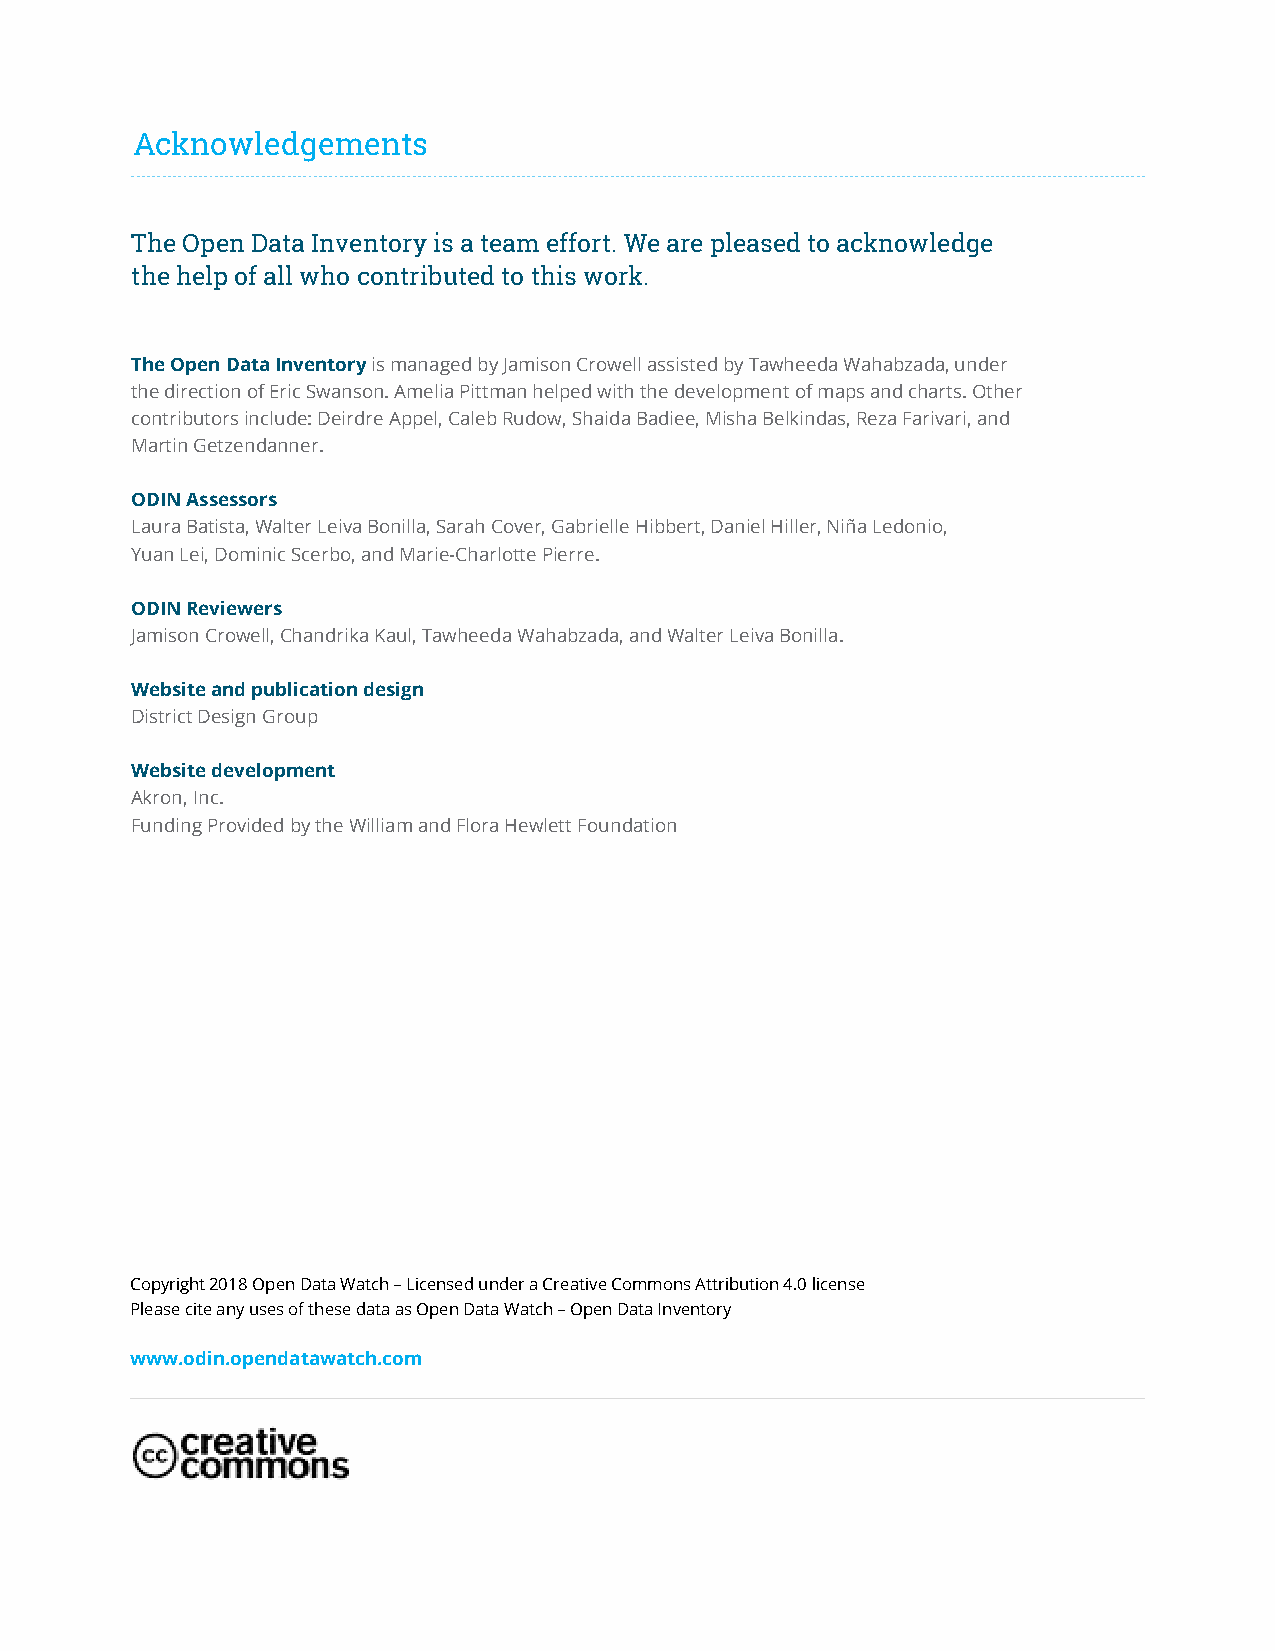
Acknowledgements
 The Open Data Inventory is a team effort. We are pleased to acknowledge
 the help of all who contributed to this work.
 The Open Data Inventory is managed by Jamison Crowell assisted by Tawheeda Wahabzada, under
 the direction of Eric Swanson. Amelia Pittman helped with the development of maps and charts. Other
 contributors include: Deirdre Appel, Caleb Rudow, Shaida Badiee, Misha Belkindas, Reza Farivari, and
 Martin Getzendanner.
 ODIN Assessors
 Laura Batista, Walter Leiva Bonilla, Sarah Cover, Gabrielle Hibbert, Daniel Hiller, Niña Ledonio,
 Yuan Lei, Dominic Scerbo, and Marie-Charlotte Pierre.
 ODIN Reviewers
 Jamison Crowell, Chandrika Kaul, Tawheeda Wahabzada, and Walter Leiva Bonilla.
 Website and publication design
 District Design Group
 Website development
 Akron, Inc.
 Funding Provided by the William and Flora Hewlett Foundation
 Copyright 2018 Open Data Watch – Licensed under a Creative Commons Attribution 4.0 license
 Please cite any uses of these data as Open Data Watch – Open Data Inventory
 www.odin.opendatawatch.com